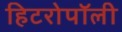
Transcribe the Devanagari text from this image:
हिटरोपॉली